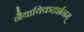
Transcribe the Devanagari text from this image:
नैयायिकदर्शनम्